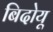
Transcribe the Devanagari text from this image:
बिदोयू